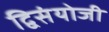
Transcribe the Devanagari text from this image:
द्विसंयोजी